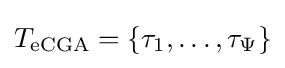
T_{\text{eCGA}}=\{\tau _{1},\dots ,\tau _{\Psi }\}